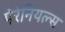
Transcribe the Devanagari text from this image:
पेरेनियल्स